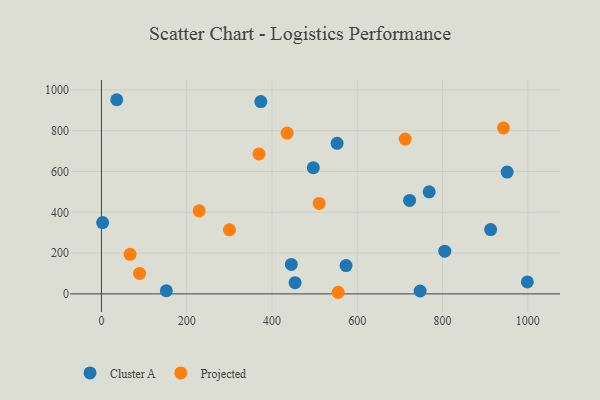
{"axis": {"x": "Ad Spend", "y": "Yield"}, "legend": ["Cluster A", "Projected"], "data": [{"x": "552.7", "y": 738.1, "type": "Cluster A"}, {"x": "747.4", "y": 14.1, "type": "Cluster A"}, {"x": "2.8", "y": 349.5, "type": "Cluster A"}, {"x": "912.7", "y": 315.1, "type": "Cluster A"}, {"x": "373.8", "y": 942.7, "type": "Cluster A"}, {"x": "951.5", "y": 597.3, "type": "Cluster A"}, {"x": "998.9", "y": 58.6, "type": "Cluster A"}, {"x": "152.2", "y": 15.4, "type": "Cluster A"}, {"x": "805.2", "y": 209.5, "type": "Cluster A"}, {"x": "35.9", "y": 951.9, "type": "Cluster A"}, {"x": "445.3", "y": 144.4, "type": "Cluster A"}, {"x": "454.1", "y": 55.0, "type": "Cluster A"}, {"x": "573.7", "y": 138.8, "type": "Cluster A"}, {"x": "768.6", "y": 500.6, "type": "Cluster A"}, {"x": "496.9", "y": 619.0, "type": "Cluster A"}, {"x": "722.7", "y": 458.1, "type": "Cluster A"}, {"x": "555.1", "y": 7.9, "type": "Projected"}, {"x": "510.6", "y": 443.3, "type": "Projected"}, {"x": "369.4", "y": 686.4, "type": "Projected"}, {"x": "435.4", "y": 788.2, "type": "Projected"}, {"x": "89.4", "y": 100.2, "type": "Projected"}, {"x": "300.3", "y": 314.2, "type": "Projected"}, {"x": "67.2", "y": 194.0, "type": "Projected"}, {"x": "229.2", "y": 407.1, "type": "Projected"}, {"x": "712.3", "y": 758.9, "type": "Projected"}, {"x": "942.8", "y": 813.5, "type": "Projected"}]}